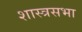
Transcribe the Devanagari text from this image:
शास्त्रसभा